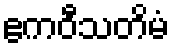
ဧကဝီသတိမံ